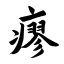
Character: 瘳